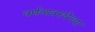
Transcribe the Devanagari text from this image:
वर्णव्यवस्थेच्या